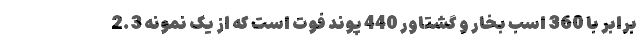
برابر با 360 اسب بخار و گشتاور 440 پوند فوت است که از یک نمونه 2.3